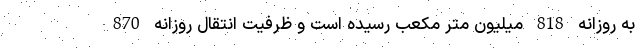
به روزانه 818 میلیون متر مکعب رسیده است و ظرفیت انتقال روزانه 870